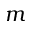
m